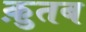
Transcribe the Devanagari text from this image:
क़ुतब